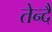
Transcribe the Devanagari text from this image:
तेन्दै